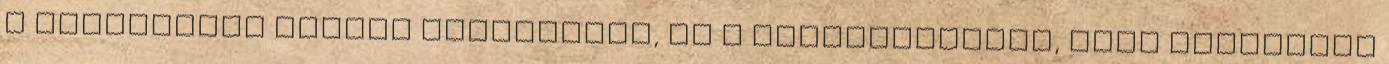
a feltörekvő amatőr rendezőket, és a filmkészítést, mint művészeti